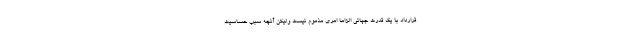
قرارداد با یک قدرت جهانی الزاما امری مذموم نیست ولیکن آنچه سبب حساسیت